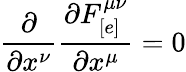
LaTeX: \frac{\partial}{\partial x^{\nu}}\frac{\partial F_{[e]}^{\mu\nu}}{\partial x^{\mu}}=0